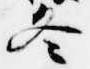
冬